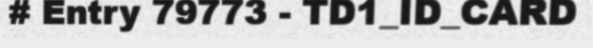
# Entry 79773 - TD1_ID_CARD